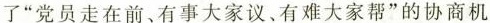
了”党员走在前、有事大家议、有难大家帮”的协商机